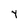
Character: y